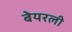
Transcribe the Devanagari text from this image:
बेयरली